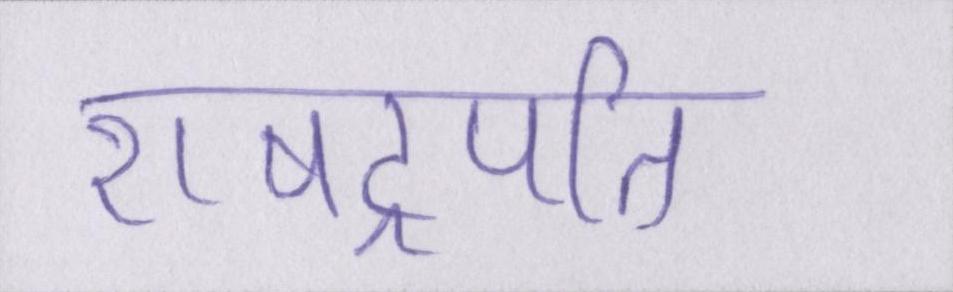
राषट्रपति